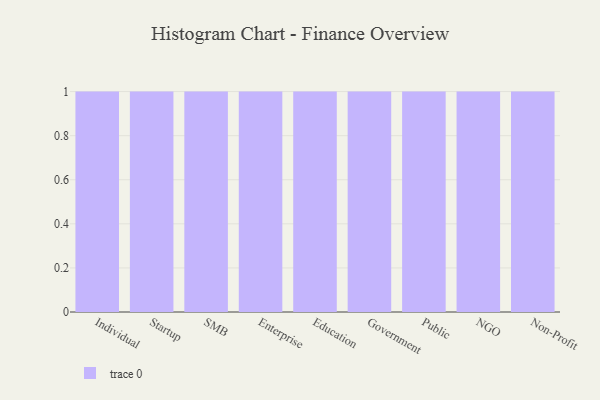
{"axis": {"x": "Segment", "y": "Demand Index"}, "legend": [""], "data": [{"x": "Individual", "y": 40, "type": ""}, {"x": "Startup", "y": 26, "type": ""}, {"x": "SMB", "y": 73, "type": ""}, {"x": "Enterprise", "y": 10, "type": ""}, {"x": "Education", "y": 40, "type": ""}, {"x": "Government", "y": 94, "type": ""}, {"x": "Public", "y": 62, "type": ""}, {"x": "NGO", "y": 15, "type": ""}, {"x": "Non-Profit", "y": 24, "type": ""}]}